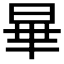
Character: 𪰞